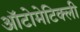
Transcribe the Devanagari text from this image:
ऑटोमेटिक्ली